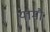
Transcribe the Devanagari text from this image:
यामौ